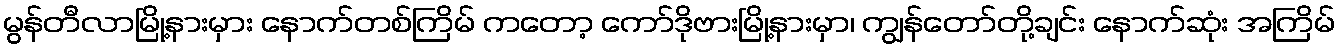
မွန်တီလာမြို့နားမှား နောက်တစ်ကြိမ် ကတော့ ကော်ဒိုဗားမြို့နားမှာ၊ ကျွန်တော်တို့ချင်း နောက်ဆုံး အကြိမ်